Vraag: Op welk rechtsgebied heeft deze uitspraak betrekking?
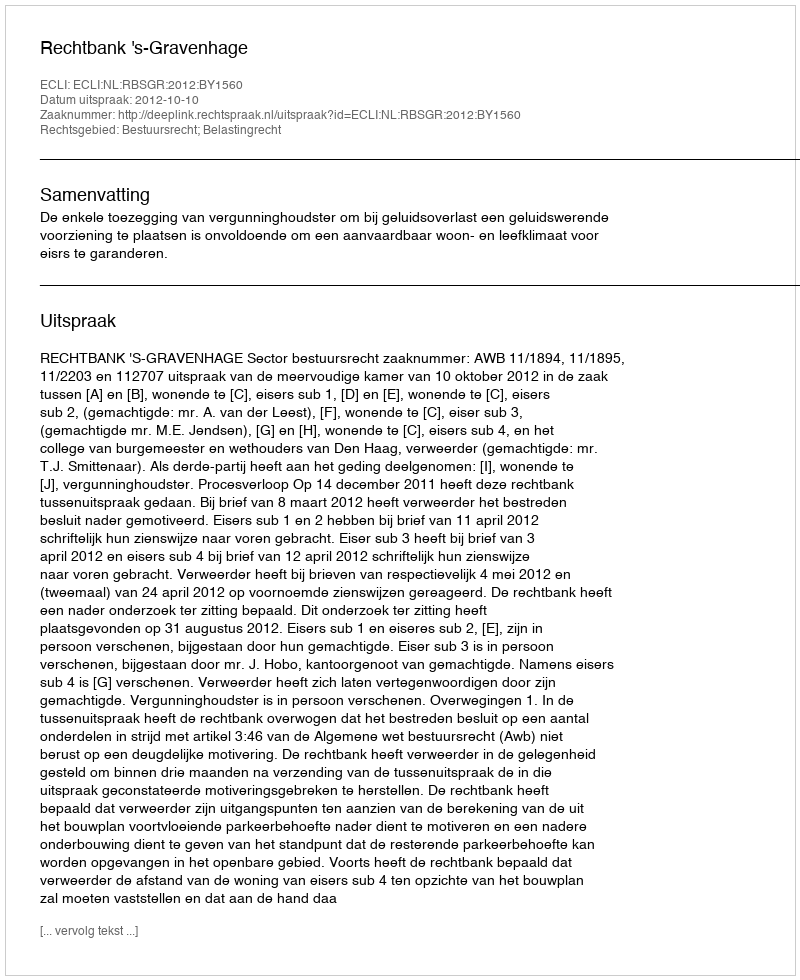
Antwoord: Bestuursrecht; Belastingrecht